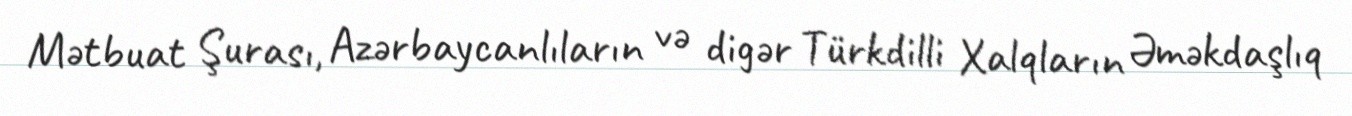
Mətbuat Şurası, Azərbaycanlıların və digər Türkdilli Xalqların Əməkdaşlıq